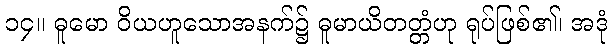
၁၄။ ဓူမော ဝိယဟူသောအနက်၌ ဓူမာယိတတ္တံဟု ရုပ်ဖြစ်၏၊ အဒုံ